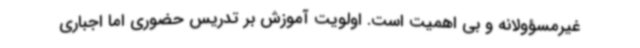
غیرمسؤولانه و بی اهمیت است. اولویت آموزش بر تدریس حضوری اما اجباری